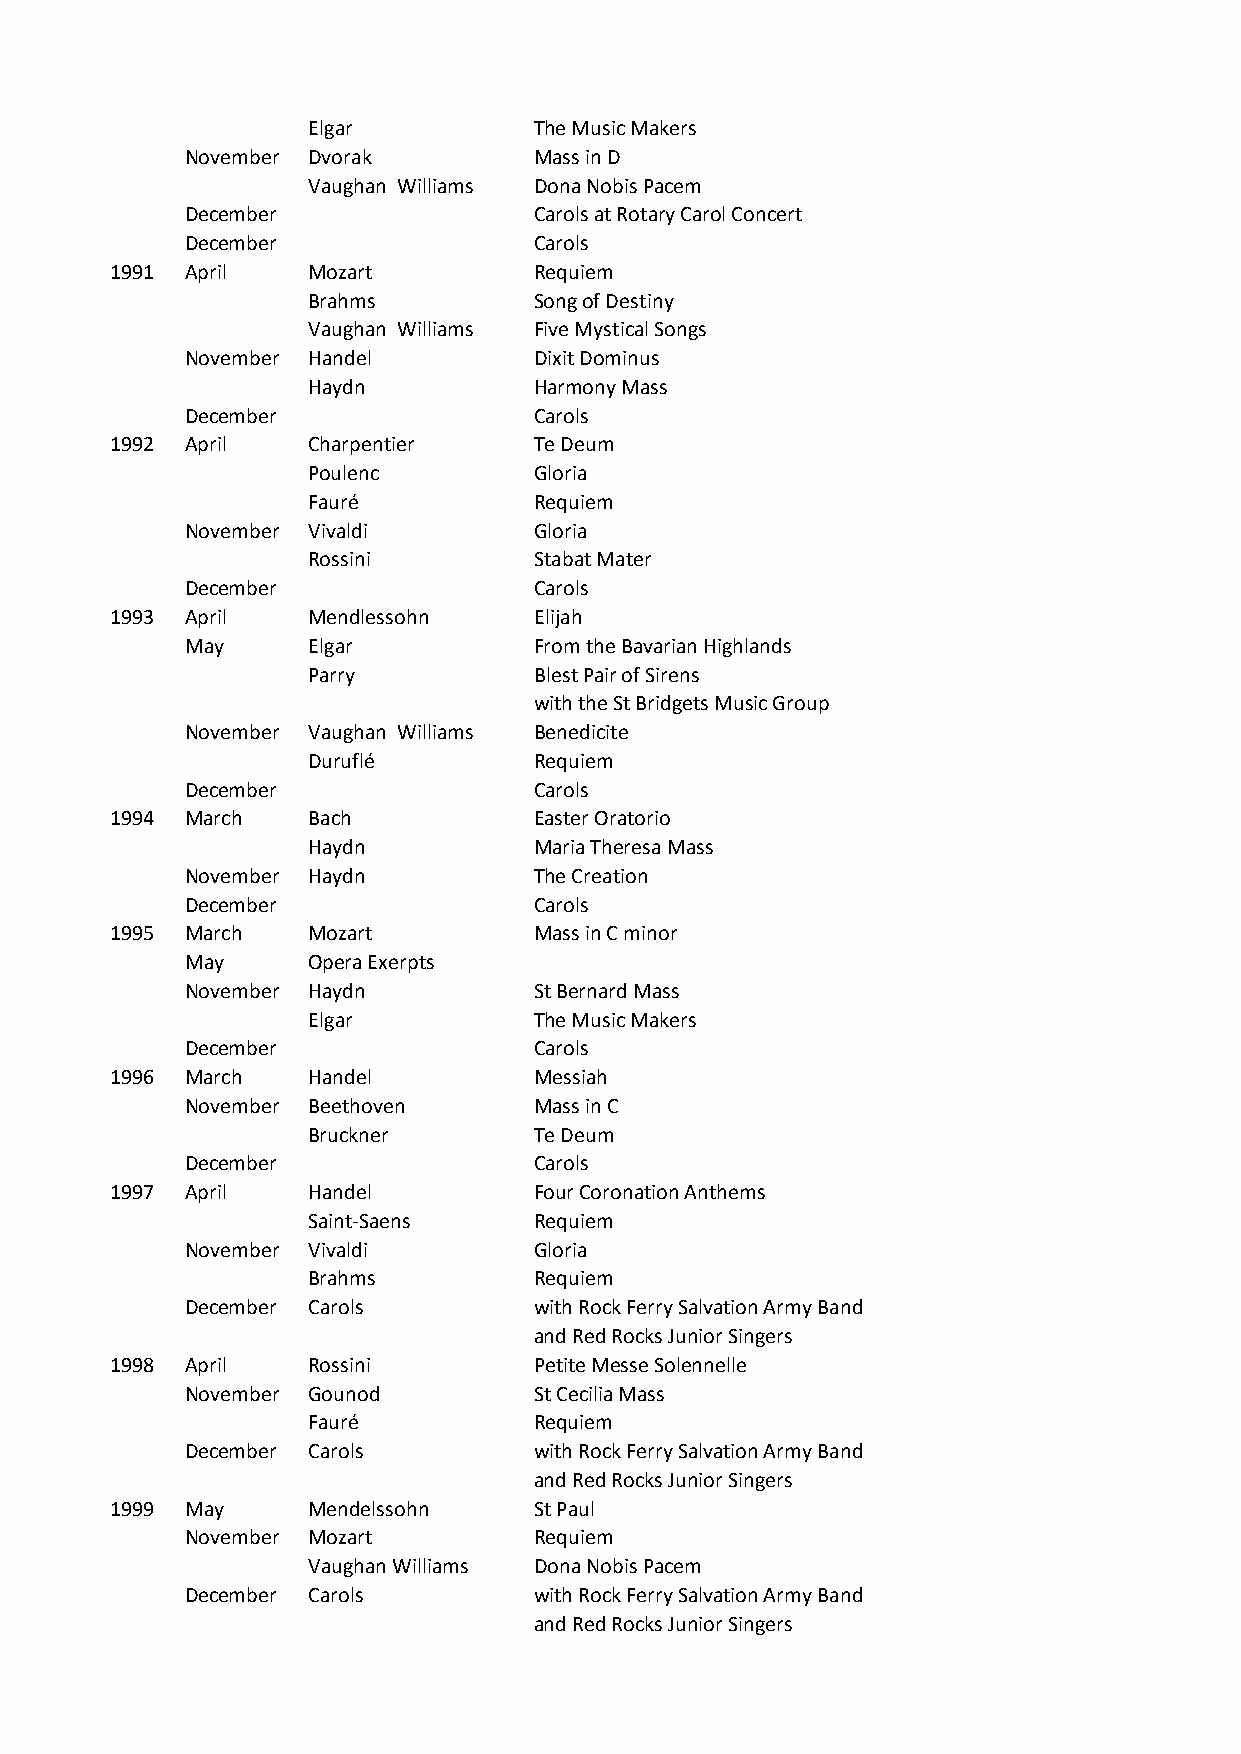
Elgar          The Music Makers
 November Dvorak        Mass in D
 Vaughan Williams Dona Nobis Pacem
 December               Carols at Rotary Carol Concert
 December               Carols
 1991 April   Mozart         Requiem
 Brahms         Song of Destiny
 Vaughan Williams Five Mystical Songs
 November Handel        Dixit Dominus
 Haydn          Harmony Mass
 December               Carols
 1992 April   Charpentier    Te Deum
 Poulenc        Gloria
 Fauré          Requiem
 November Vivaldi       Gloria
 Rossini        Stabat Mater
 December               Carols
 1993 April   Mendlessohn    Elijah
 May     Elgar          From the Bavarian Highlands
 Parry          Blest Pair of Sirens
 with the St Bridgets Music Group
 November Vaughan Williams Benedicite
 Duruflé        Requiem
 December               Carols
 1994 March   Bach           Easter Oratorio
 Haydn          Maria Theresa Mass
 November Haydn         The Creation
 December               Carols
 1995 March   Mozart         Mass in C minor
 May     Opera Exerpts
 November Haydn         St Bernard Mass
 Elgar          The Music Makers
 December               Carols
 1996 March   Handel         Messiah
 November Beethoven     Mass in C
 Bruckner       Te Deum
 December               Carols
 1997 April   Handel         Four Coronation Anthems
 Saint-Saens    Requiem
 November Vivaldi       Gloria
 Brahms         Requiem
 December Carols        with Rock Ferry Salvation Army Band
 and Red Rocks Junior Singers
 1998 April   Rossini        Petite Messe Solennelle
 November Gounod        St Cecilia Mass
 Fauré          Requiem
 December Carols        with Rock Ferry Salvation Army Band
 and Red Rocks Junior Singers
 1999 May     Mendelssohn    St Paul
 November Mozart        Requiem
 Vaughan Williams Dona Nobis Pacem
 December Carols        with Rock Ferry Salvation Army Band
 and Red Rocks Junior Singers